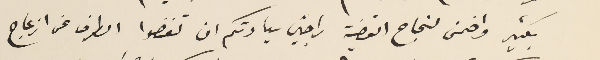
بكثير واضمن لنجاح القضية راجين سيادتكم ان تغضوا الطرف عن ازعاج